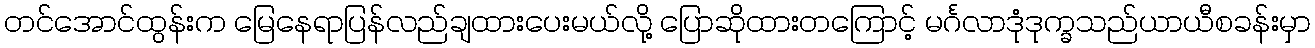
တင်အောင်ထွန်းက မြေနေရာပြန်လည်ချထားပေးမယ်လို့ ပြောဆိုထားတကြောင့် မင်္ဂလာဒုံဒုက္ခသည်ယာယီစခန်းမှာ